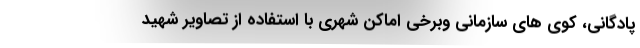
پادگانی، کوی های سازمانی وبرخی اماکن شهری با استفاده از تصاویر شهید